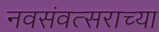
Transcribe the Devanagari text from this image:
नवसंवत्सराच्या